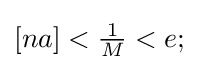
[na]<{\tfrac {1}{M}}<e;